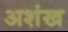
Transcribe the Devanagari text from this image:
अशंख